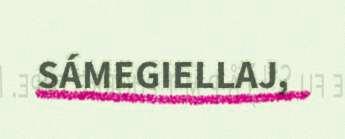
SÁMEGIELLAJ,